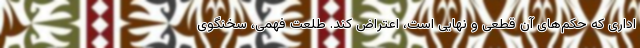
اداری که حکم‌های آن قطعی و نهایی است، اعتراض کند. طلعت فهمی، سخنگوی